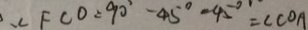
、 \angle F C O = 9 0 ^ { \circ } - 4 5 ^ { \circ } - 4 5 ^ { \circ } = \angle C O A